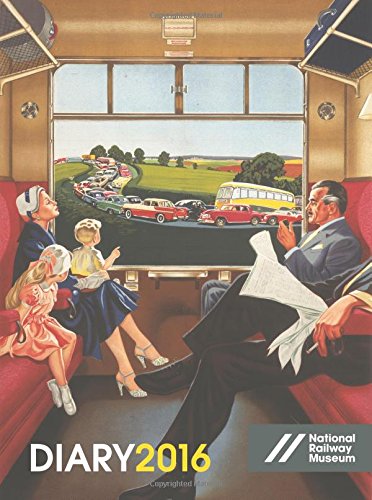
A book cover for National Railway Museum Desk Diary 2016; National Railway; Crafts, Hobbies & Home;